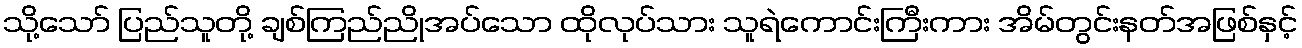
သို့သော် ပြည်သူတို့ ချစ်ကြည်ညိုအပ်သော ထိုလုပ်သား သူရဲကောင်းကြီးကား အိမ်တွင်းနတ်အဖြစ်နှင့်